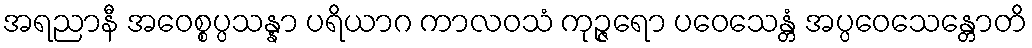
အရညာနီ အဝေစ္စပ္ပသန္နာ ပရိယာဂ ကာလဝသံ ကုဉ္ဇရော ပဝေသေန္တံ အပ္ပဝေသေန္တောတိ